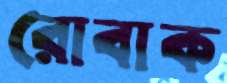
রোবাক